Protection of India from yellow fever
Disease focus: Fever
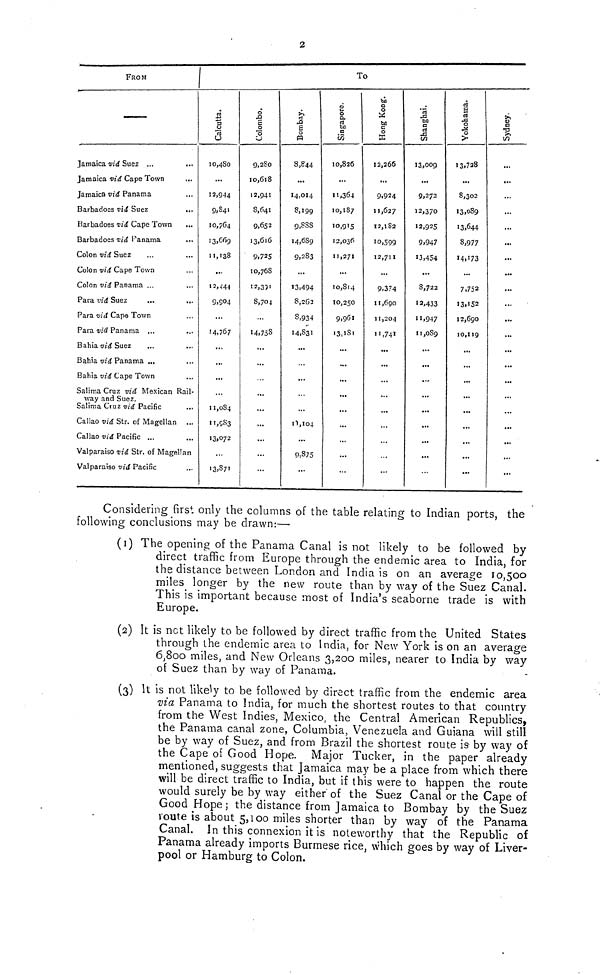
FROM
----
Jamaica viá Suez ...
Jamaica viá Cape Town
Jamaica -viá Panamá
Barbadoes viá Suez
...
Barbadoes viá Cape Town
Barbadoes viá Panamá
Colon viá Suez
Colon vid Cape Town
Colon vid Panamá ...
Para vid Suez
Para vid Cape Town
Para via Panama ...
Bahía vid Suez
Bahía vid Panamá ...
Babia vid Cape Town
Salima Cruz via Mexican Rail-
way and Suez.
Salima Cruz via Pacific
Callao vid Str. of Magellan ...
Callao vid Pacific ...
Valparaiso vid Str. of Magellan
Valparaiso vid Pacific
To
Calcutta.
10,480
12,9-14
9,841
10,764
13.669
u, 138
...
12,444
9,504
14,767
...
11,084
11,983
13,072
13,871
Colombo
9,280
10,618
12,941
8,641
9,652
13,616
9,725
10,768
12,331
8,704
14,758
...
...
...
...
...
...
...
Bombay
8,824
...
14,014
8,199
9,888
14,689
9,283
...
13,494
8,2(32
8,934
14,831
...
...
...
1 1,104
...
0,875
Singapore
1O,826
...
l',364
10,187
10,915
12,036
11,271
...
10,814
IO,25O
9,961
13,181
...
...
...
...
...
Hong kong
12,266
...
9,924
11,627
12,182
10,599
12,711
9,374
1 1,690
11,204
11,741
...
13,009
...
9,272
12,370
12,925
9,947
13,454
...
8,722
'2,433
11,947
1 1 ,089
...
Yokohama
13,728
...
8,302
13,089
»3,644
8,977
14,173
»*.
7,752
I3.JS2
12,690
10,119
...
...
Sydney
...
...
...
...
•«»
...
...
...
...
...
Considering first only the columns of the table relating to Indian ports, the '
following conclusions may be drawn:—
(1) The opening of the Panama Canal is not likely to be followed by
direct traffic from Europe through the endemic area to India, for
the distance between London and India is on an average 10, 500
miles longer by the new route than by way of the SÍez Canal.
1 his is important because most of India's seaborne trade is with
Europe.
(2) It is net likely to be followed by direct traffic from the United States
through_the endemic area to India, for New York is on an average
6,800 miles, and New Orleans 3,200 miles, nearer to India by way
of Suez than by way of Panama.
(3) It is not likely to be followed by direct traffic from the endemic area
ma Panama to India, for much the shortest routes to that country
from the West Indies, Mexico, the Central American Republics,
the Panama canal zone, Columbia, Venezuela and Guiana will still
be by way of Suez, and from Brazil the shortest route is- by way of
the Cape of Good Hope. Major Tucker, in the paper already
mentioned, suggests that Jamaica may be a place from which there
will be direct traffic to India, but if this were to happen the route
would surely be by way either of the Suez Canal or the Cape of
Good Hope; the distance from Jamaica to Bombay by the Suez
route is about 5,100 miles shorter than by way of the Panama
Canal. In this connexion it is noteworthy that the Republic of
1 anama already imports Burmese rice, which goes by way of Liver-
pool or Hamburg to Colon.